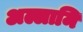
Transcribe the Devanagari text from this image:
अल्लामि